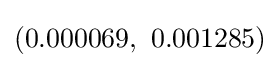
(0.000069,\ 0.001285)